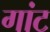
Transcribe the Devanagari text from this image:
गांट